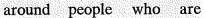
around people who are